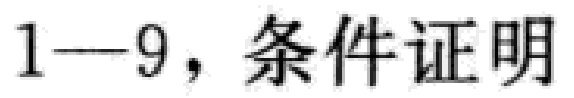
1—9，条件证明